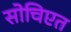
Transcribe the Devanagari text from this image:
सोचिएत